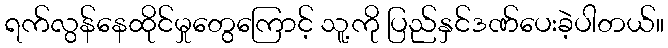
ရက်လွန်နေထိုင်မှုတွေကြောင့် သူ့ကို ပြည်နှင်ဒဏ်ပေးခဲ့ပါတယ်။